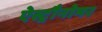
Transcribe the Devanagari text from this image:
ऐस्ट्रौनोमर